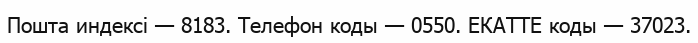
Пошта индексі — 8183. Телефон коды — 0550. ЕКАТТЕ коды — 37023.